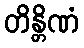
တိန္တိဏံ